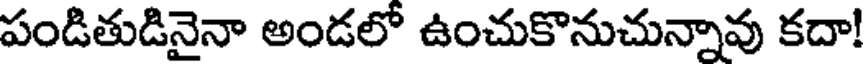
పండితుడినైనా అండలో ఉంచుకొనుచున్నావు కదా!